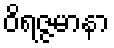
ဝိရဇ္ဇမာနာ